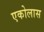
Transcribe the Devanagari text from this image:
एकोलास